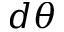
d \theta